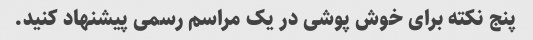
پنج نکته برای خوش پوشی در یک مراسم رسمی پیشنهاد کنید.